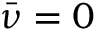
\bar { \nu } = 0